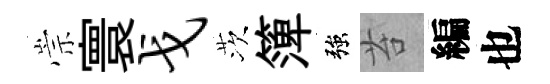
崇寰戈茨𥱼強苔編也